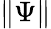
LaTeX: \| \Psi\|